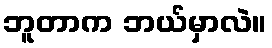
ဘူတာက ဘယ်မှာလဲ။